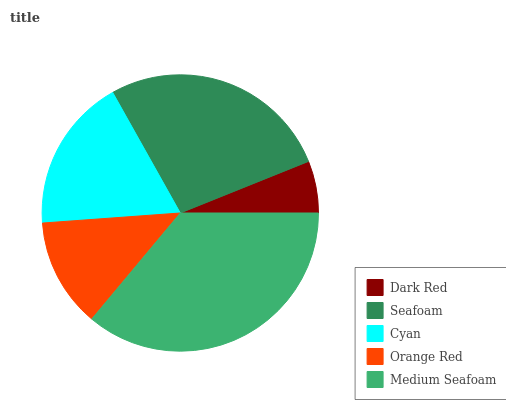
| Dark Red | Seafoam | Cyan | Orange Red | Medium Seafoam |
 | --- | --- | --- | --- | --- |
 | 6.08% | 27% | 18% | 12.8% | 36.1% |